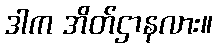
ဒါက အိတ်ဌာနလား။